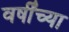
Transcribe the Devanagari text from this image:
वर्षींच्या